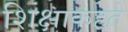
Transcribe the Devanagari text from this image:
शिक्षाकहते